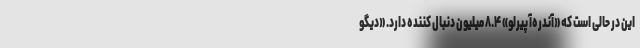
این در حالی است که «آندره‌آ پیرلو» ۸.۴ میلیون دنبال کننده دارد. «دیگو